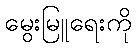
မွေးမြူရေးကို